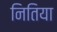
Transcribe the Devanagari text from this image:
नितिया